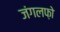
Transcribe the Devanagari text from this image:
जंगलफ़ो